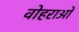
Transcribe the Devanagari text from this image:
वोहराओं